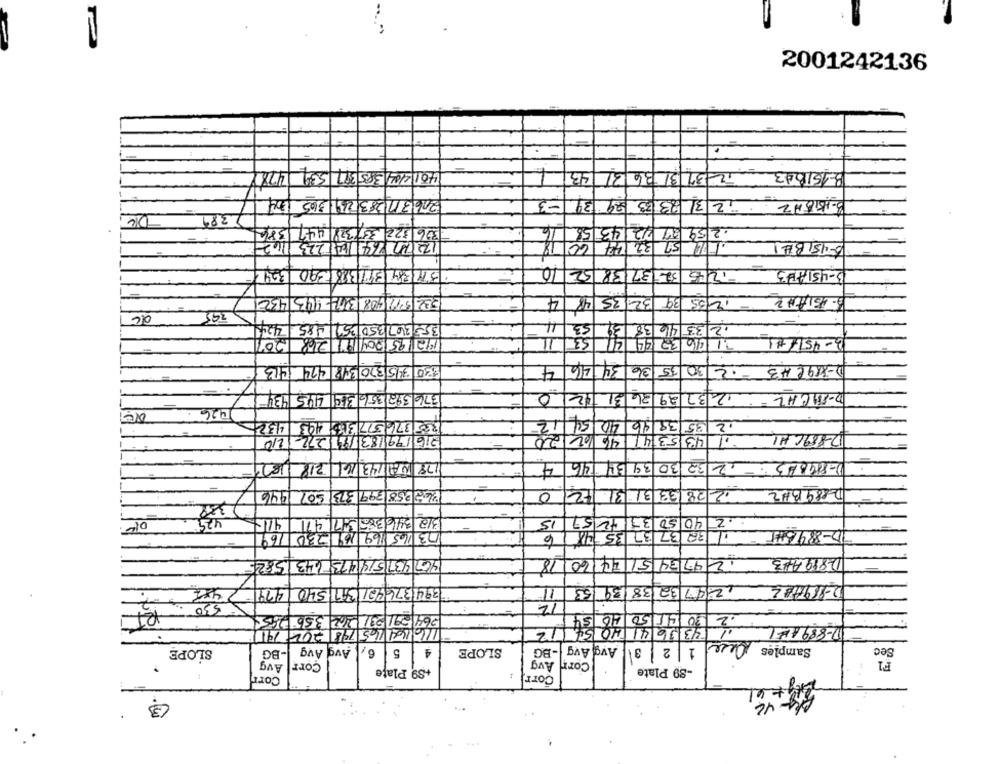
2001242136
401/4/04/385317 539
43
31
2-31336
B-151343
20631112831231365
-3
39
8-1551223 23 33 29
389
396 322 337 328 44
.2 59 :4 42 43 58
60/19
12/10 24 141223
57 32 144
6-451821
245 32 37 38 52 10
1329
51734 3113881390
3-451423
4
12/35 39 32 35 48
332 947 908 3192-943 4321
295
de
4
4.24
185
35
353 347 350 259 485 2124
53
235 46 38 3
53
11248
41
016 32 44
B-4517#1
413
34 46
35 36
30
D-X89C H3
620 345 370 398 474 413
4
445 434
376 392 356 369
0
12 37 29 36 31 12
D-M19CHL
426
432
37 577369 443
12
35 38 40 40
2
2/6/199 1831911272
46 102 /20
D-889CHI
210
43 5314
78 NA1143 16 718
4
-12 32 30 39 34 46
1-819823
12 28 33 313
342 258 897 373 507
0
DE8893#2
388
429
312 346 385 771 471
15
.2 40 50 35
169
03/165 169 169 230
6
48
32 /37 37 35 7418
ID-8964
1819413
467 437151514735643 15825
1247 84 51 24 60 18
11
2-919482
487
479
3941376427 3911540
2307 32 38 139 53
530
12
264 291 23/ 262 356 26
40 54
D-8891EL 2 30 4150
12
116/04/165 798 242 791
33 36 41 40 54
SLOPE
-BG
Avg Avg
5 6
4
SLOPE
Avg Avg -BG
1 2 3
Samples
Sec
Avg
Corr
Corr Avg
F1
+89 Plate
-89 Plate
Corr
Corr
3
46